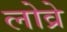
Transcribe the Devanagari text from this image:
लोव्रे